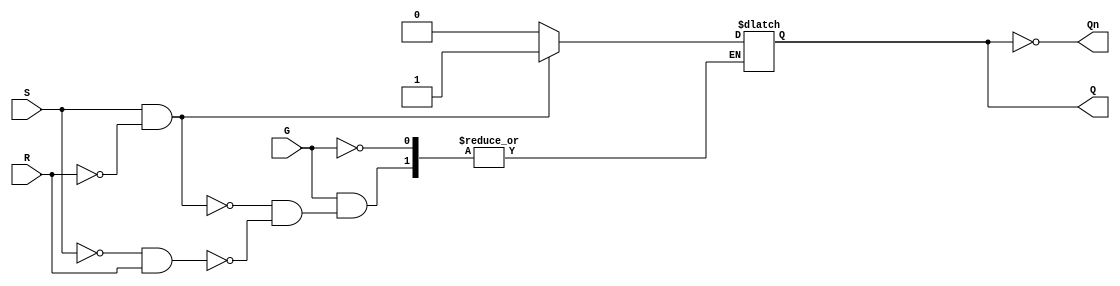
module gated_sr_latch (
    input wire S,     // Set input
    input wire R,     // Reset input
    input wire G,     // Enable signal
    output reg Q,     // Output Q
    output wire Qn    // Output Q' (inverted Q)
);

    assign Qn = ~Q;  // Q' is the inverse of Q

    always @ (S, R, G) begin
        if (G) begin  // If G is high, respond to S and R
            if (S && !R) begin
                Q <= 1;  // Set state
            end
            else if (!S && R) begin
                Q <= 0;  // Reset state
            end
            // If both S and R are low, maintain previous state
            // If both S and R are high, this state is undefined
        end
        // If G is low, Q retains its previous state
    end

endmodule